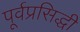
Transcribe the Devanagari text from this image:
पूर्वप्रसिद्धी